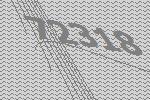
72318